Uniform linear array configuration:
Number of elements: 8
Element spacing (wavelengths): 0.75
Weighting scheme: hamming
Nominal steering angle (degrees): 15
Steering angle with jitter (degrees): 15.362
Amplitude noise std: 0.05
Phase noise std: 0.05

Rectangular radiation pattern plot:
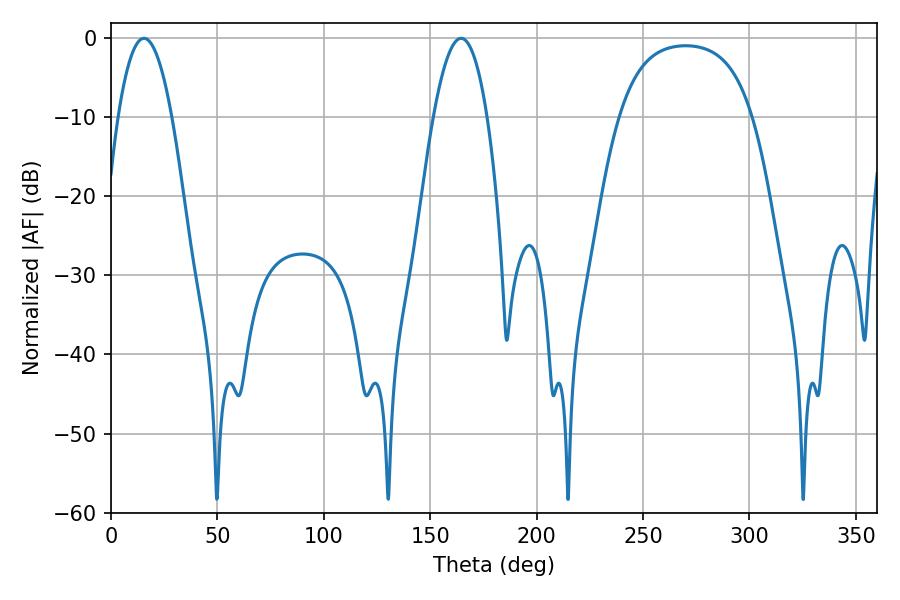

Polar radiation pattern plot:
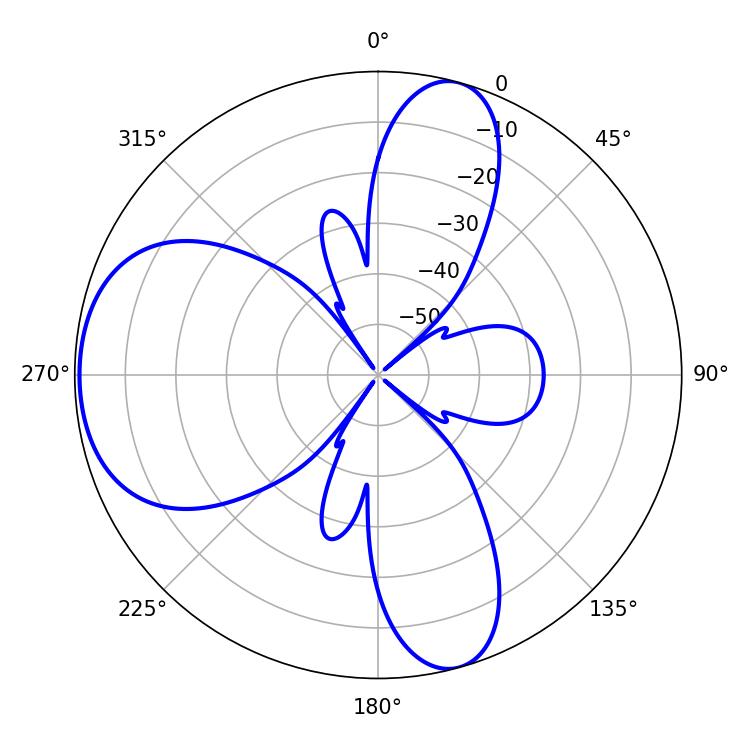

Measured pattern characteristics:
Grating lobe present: TRUE
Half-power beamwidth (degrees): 13.86
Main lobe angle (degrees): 15.48